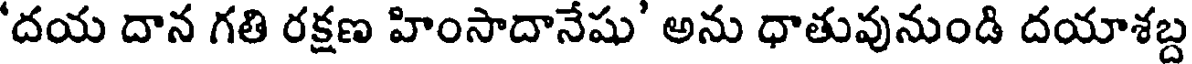
'దయ దాన గతి రక్షణ హింసాదానేషు' అను ధాతువునుండి దయాశబ్ద